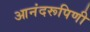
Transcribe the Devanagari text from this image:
आनंदरूपिणी